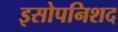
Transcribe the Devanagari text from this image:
इसोपनिशद